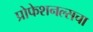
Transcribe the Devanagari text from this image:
प्रोफेशनल्सचा